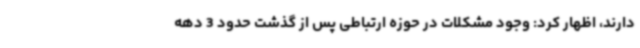
دارند، اظهار کرد: وجود مشکلات در حوزه ارتباطی پس از گذشت حدود 3 دهه